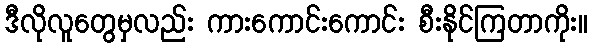
ဒီလိုလူတွေမှလည်း ကားကောင်းကောင်း စီးနိုင်ကြတာကိုး။